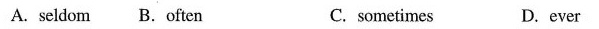
A. seldom B. Often C.sometimes D.ever